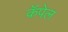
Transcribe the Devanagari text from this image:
कॅपेल